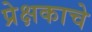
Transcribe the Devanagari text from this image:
प्रेक्षकाचे